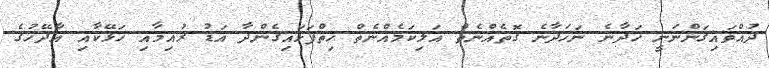
ދުއްވައިގަންނަނީ ހަދާނެ ނަހަދާނެ ގޮތެއްނެތް އަލިކަމެއްނެތް ހިތްފަޅައިގެންދާ އަޑު ރުއިމާއި ހަޅޭކާއި އާދޭހުގެ